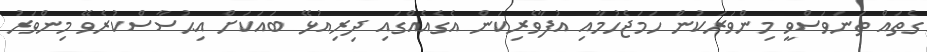
ގެތައް ތަނަވަސްވީ މިންވަރަކުން ހަމަޖެހުމާއި އުފާވެރިކަން އެގެއެއްގައި ދިރިއުޅޭ ބައަކަށް އިޙުސާސްކުރެވޭ މިންވަރު